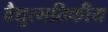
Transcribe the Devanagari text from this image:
वैद्युत्गतिकीय